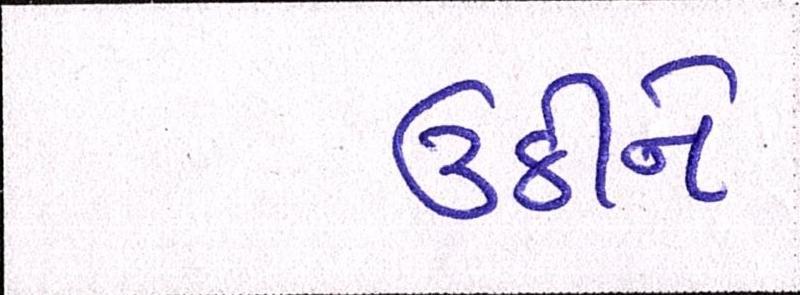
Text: ઉઠીને